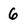
Character: 6